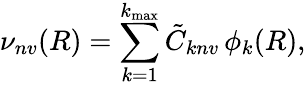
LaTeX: \nu_{nv}(R)=\sum_{k=1}^{k_{\mathrm{max}}}\tilde{C}_{knv}\, \phi_{k}(R),